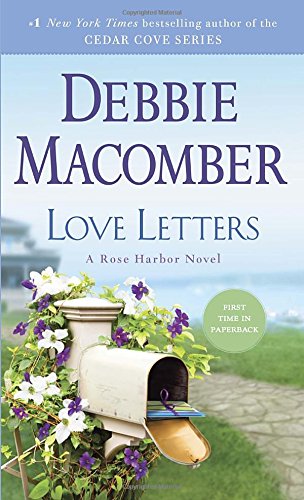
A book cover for Love Letters: A Rose Harbor Novel; Debbie Macomber; Literature & Fiction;